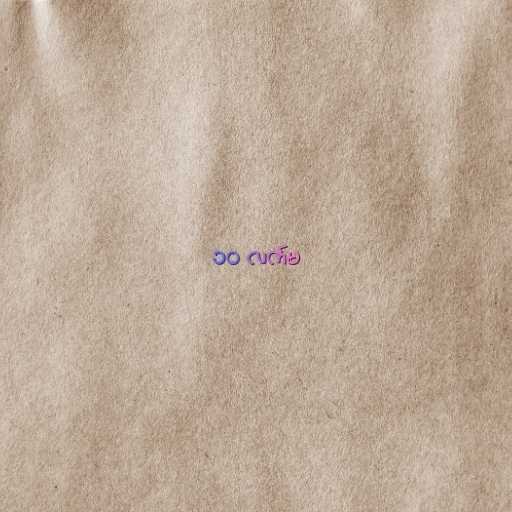
၁၀ လက်မ